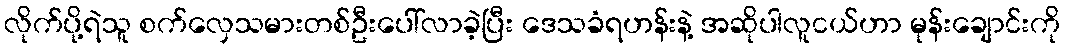
လိုက်ပို့ရဲသူ စက်လှေသမားတစ်ဦးပေါ်လာခဲ့ပြီး ဒေသခံရဟန်းနဲ့ အဆိုပါလူငယ်ဟာ မုန်းချောင်းကို